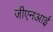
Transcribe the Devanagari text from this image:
जीएनआई